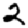
Digit: 2